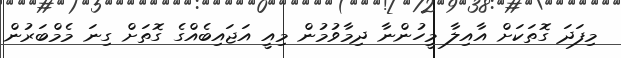
މިފަދަ ގޮތަކަށް އާއިލާ މީހުންނާ ދިމާވުމުން މިއީ އަޖައިބެއްގެ ގޮތަށް ގިނަ މެމްބަރުން